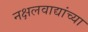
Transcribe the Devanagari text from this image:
नक्षलवाद्यांच्या